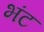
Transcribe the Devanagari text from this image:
भंट